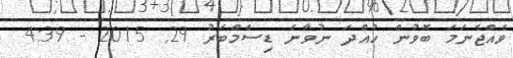
ވެއްޖެނަމަ ބޮވުން ހުއްދަ ނުވާނެ ޑިސެމްބަރު 29